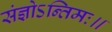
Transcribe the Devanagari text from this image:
संज्ञोऽन्तिमः॥